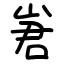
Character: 㟒